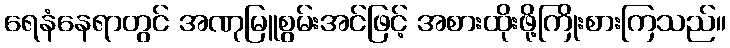
ရေနံနေရာတွင် အဏုမြူစွမ်းအင်ဖြင့် အစားထိုးဖို့ကြိုးစားကြသည်။